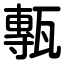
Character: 甎